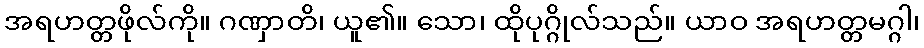
အရဟတ္တဖိုလ်ကို။ ဂဏှာတိ၊ ယူ၏။ သော၊ ထိုပုဂ္ဂိုလ်သည်။ ယာဝ အရဟတ္တမဂ္ဂါ၊